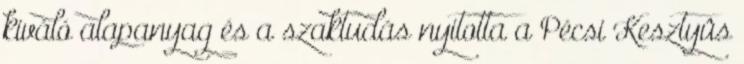
kiváló alapanyag és a szaktudás nyitotta a Pécsi Kesztyûs